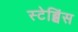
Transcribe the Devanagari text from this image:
स्टेब्बिंस